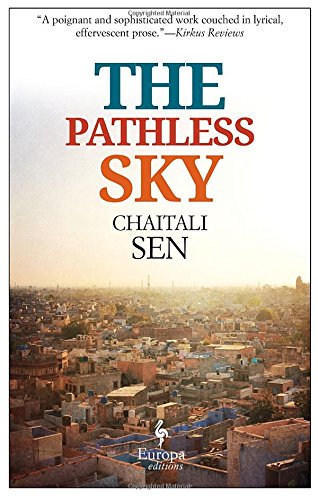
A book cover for The Pathless Sky; Chaitali Sen; Literature & Fiction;